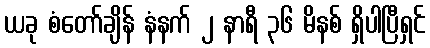
ယခု စံတော်ချိန် နံနက် ၂ နာရီ ၃၆ မိနစ် ရှိပါပြီရှင်